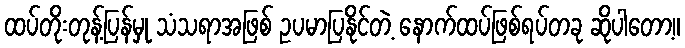
ထပ်တိုးတုန့်ပြန်မှု သံသရာအဖြစ် ဥပမာပြနိုင်တဲ့ နောက်ထပ်ဖြစ်ရပ်တခု ဆိုပါတော့။